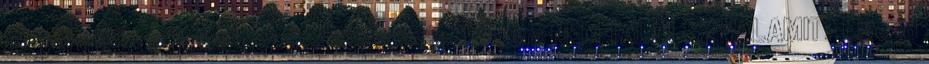
a gyerekeket. Feliratkozás: Bejegyzések Atom NEM TALÁLSZ VALAMIT? Élvezd